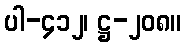
ပါ-၄၁၂၊ ဋ္ဌ-၂၀၈။